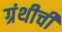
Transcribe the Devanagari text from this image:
ग्रंथीची